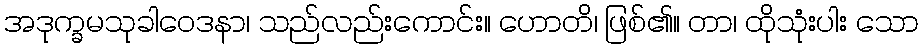
အဒုက္ခမသုခါဝေဒနာ၊ သည်လည်းကောင်း။ ဟောတိ၊ ဖြစ်၏။ တာ၊ ထိုသုံးပါး သော